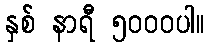
နှစ် နာရီ ၅၀၀၀ပါ။